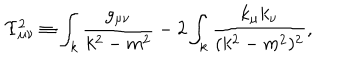
LaTeX: \Upsilon _ { \mu \nu } ^ { 2 } \equiv \int _ { k } \frac { g _ { \mu \nu } } { k ^ { 2 } - m ^ { 2 } } - 2 \int _ { k } \frac { k _ { \mu } k _ { \nu } } { ( k ^ { 2 } - m ^ { 2 } ) ^ { 2 } } ,